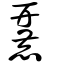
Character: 麉